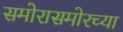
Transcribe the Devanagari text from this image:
समोरासमोरच्या